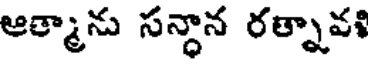
ఆత్మాను సన్ధాన రత్నావ